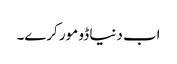
اب دنیا ڈو مور کرے۔